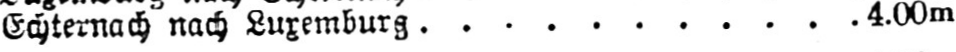
Echternach nach Luxemburg ........... 4.00m